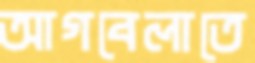
আগবেলাতে